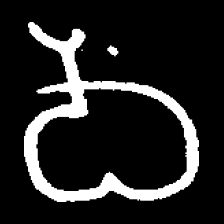
Pyu character \u2014 Myanmar letter: ဝ (romanized: wa)